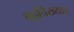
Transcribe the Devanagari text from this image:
बहूविख्यात